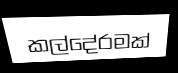
කල්දේරමක්